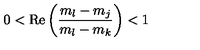
0 < \mathrm { R e } \left( \frac { m _ { l } - m _ { j } } { m _ { l } - m _ { k } } \right) < 1